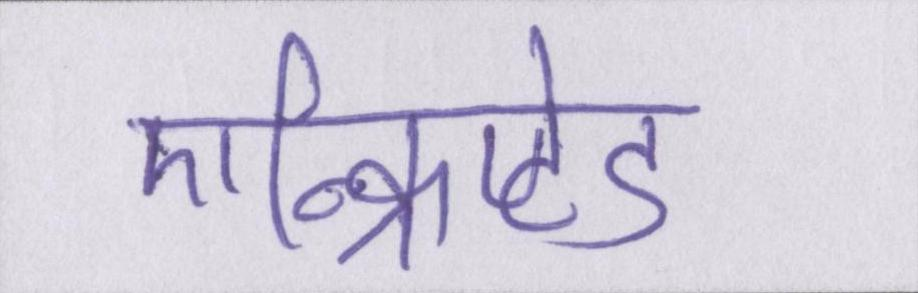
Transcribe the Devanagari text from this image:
एन्क्रिप्टेड